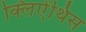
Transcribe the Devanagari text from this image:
क्लिऐंथिस